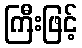
ကြီးဖြင့်